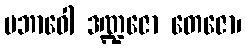
ပဘာဝေါ ဒဏ္ဍဇော တေဇော၊